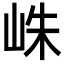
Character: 𪨴